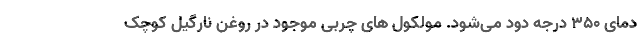
دمای ۳۵۰ درجه دود می‌شود. مولکول‌ های چربی موجود در روغن نارگیل کوچک